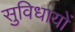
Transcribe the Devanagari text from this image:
सुविधायों